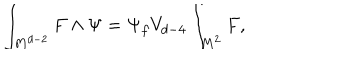
\int _ { M ^ { d - 2 } } F \wedge \Psi = \Psi _ { f } V _ { d - 4 } \int _ { M ^ { 2 } } F ,